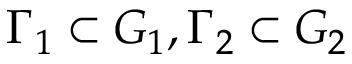
\Gamma _ { 1 } \subset G _ { 1 } , \Gamma _ { 2 } \subset G _ { 2 }